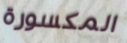
المكسورة